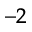
^ { - 2 }